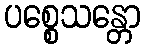
ပစ္စေသန္တော